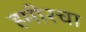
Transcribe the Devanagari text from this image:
हमीरचा